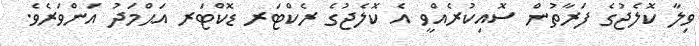
ވިލާ ކޮލެޖުގެ ފަރާތުން ސޮއިކުރެއްވީ އެ ކޮލެޖުގެ ރެކްޓަރ ޑޮކްޓަރ އަޙްމަދު އަންވަރެވެ.